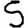
Digit: 5